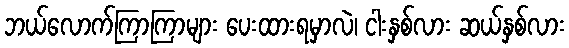
ဘယ်လောက်ကြာကြာများ ပေးထားရမှာလဲ၊ ငါးနှစ်လား ဆယ်နှစ်လား